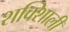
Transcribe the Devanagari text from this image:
शक्शिाली